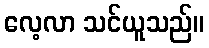
လေ့လာ သင်ယူသည်။